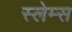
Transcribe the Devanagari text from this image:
स्लेम्स